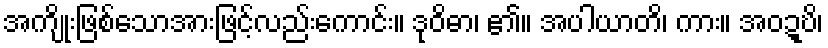
အကျိုးဖြစ်သောအားဖြင့်လည်းကောင်း။ ဒုဝိဓာ၊ ၏။ အပါယာတိ၊ ကား။ အဝဍ္ဎိ၊